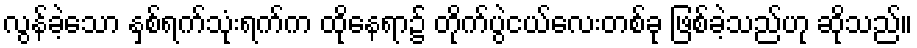
လွန်ခဲ့သော နှစ်ရက်သုံးရက်က ထိုနေရာ၌ တိုက်ပွဲငယ်လေးတစ်ခု ဖြစ်ခဲ့သည်ဟု ဆိုသည်။